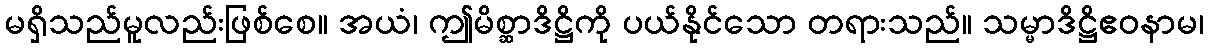
မရှိသည်မူလည်းဖြစ်စေ။ အယံ၊ ဤမိစ္ဆာဒိဋ္ဌိကို ပယ်နိုင်သော တရားသည်။ သမ္မာဒိဋ္ဌိဧဝနာမ၊